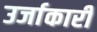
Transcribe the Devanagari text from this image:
उर्जाकारी